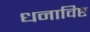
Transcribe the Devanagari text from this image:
धनाविष्ट